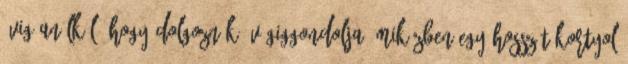
évig anélkül, hogy dolgoznék. Végiggondolja, miközben egy hosszút kortyol